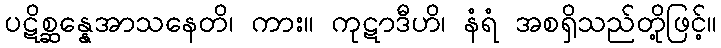
ပဋိစ္ဆန္နေအာသနေတိ၊ ကား။ ကုဋာဒီဟိ၊ နံရံ အစရှိသည်တို့ဖြင့်။